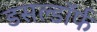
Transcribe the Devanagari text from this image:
डसल्डॉर्फ